Report of an investigation in regard to the prevalence of stegomyia and other mosquitoes in Karachi, and the measures necessary for their control
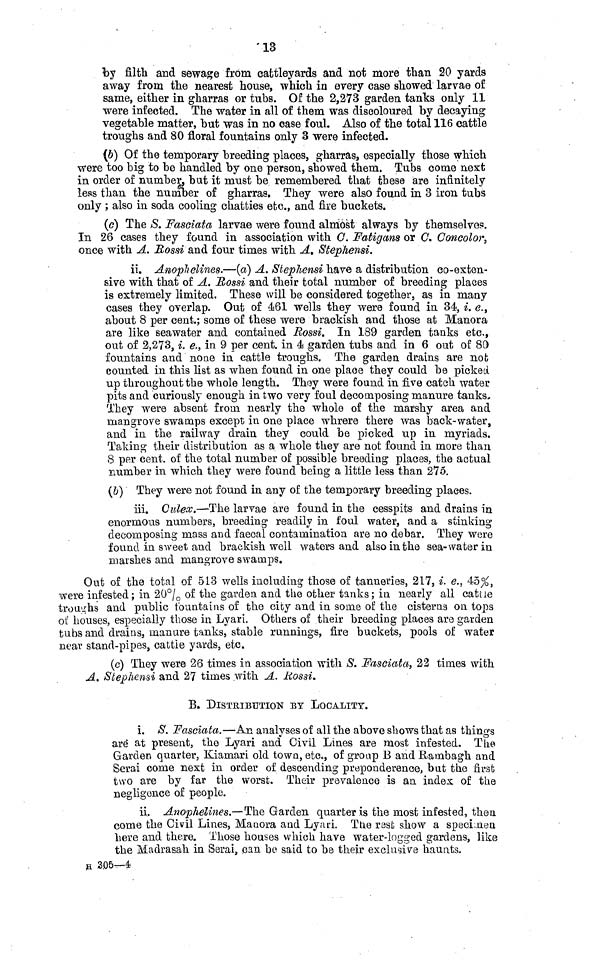
13
by filth and sewage from cattleyards and not more than 20 yards
away from the nearest house, which in every case showed larvae of
same, either in gharras or tubs. Of the 2,273 garden tanks only 11
were infected. The water in all of them was discoloured by decaying
vegetable matter, but was in no case foul. Also of the total 116 cattle
troughs and 80 floral fountains only 3 were infected.
(6) Of the temporary breeding places, gharras, especially those which
were too big to be handled by one person, showed them. Tubs come next
in order of number, but it must be remembered that these are infinitely
leas than the number of gharras. They were also found in 3 iron tubs
only; also in soda cooling chatties etc., and fire buckets.
(c) The S. Fasciata larvae were found almost always by themselves.
In 26 cases they found in association with G. Fatigans or C. Concolor,
once with A. Rossi and four times with A. Stephensi.
ii. Anophelines.—(a) A. Stephensi have a distribution co-exten-
sive with that of A. Rossi and their total number of breeding places
is extremely limited. These will be considered together, as in many
cases they overlap. Out of 461 wells they were found in 34, i. e.,
about 8 per cent.; some of these were brackish and those at Manora
are like seawater and contained Rossi. In 189 garden tanks etc.,
out of 2,273, i. e., in 9 per cent. in 4 garden tubs and in 6 out of 80
fountains and none in cattle troughs. The garden drains are not
counted in this list as when found in one place they could be picked
up throughout the whole length. They were found in five catch water
pits and curiously enough in two very foul decomposing manure tanks.
They were absent from nearly the whole of the marshy area and
mangrove swamps except in one place whrere there was back-water,
and in the railway drain they could be picked up in myriads.
Taking their distribution as a whole they are not found in more than
8 per cent. of the total number of possible breeding places, the actual
number in which they were found being a little less than 275.
(b) They were not found in any of the temporary breeding places.
iii. Culex.—The larvae are found in the cesspits and drains in
enormous numbers, breeding readily in foul water, and a stinking
decomposing mass and faecal contamination are no debar. They were
found in sweet and brackish well waters and also in the sea-water in
marshes and mangrove swamps.
Out of the total of 513 wells including those of tanneries, 217, i. e., 45%,
were infested; in 20% of the garden and the other tanks; in nearly all catue
troughs and public fountains of the city and in some of the cisterns on tops
of houses, especially those in Lyari. Others of their breeding places are garden
tubs and drains, manure tanks, stable runnings, fire buckets, pools of water
near stand-pipes, cattle yards, etc.
(c) They were 26 times in association with S. Fasciata, 22 times with
A. Stephensi and 27 times with A. Rossi.
B. DISTRIBUTION BY LOCALITY.
i. S. Fasciata.—An analyses of all the above shows that as things
are at present, the Lyari and Civil Lines are most infested. The
Garden quarter, Kiamari old town, etc., of group B and Rambagh and
Serai come next in order of descending preponderance, but the first
two are by far the worst. Their prevalence is an index of the
negligence of people.
ii. Anophelines.—The Garden quarter is the most infested, then
come the Civil Lines, Manora and Lyari. The rest show a specimen
here and there. Those houses which have water-logged gardens, like
the Madrasah in Serai, can be said to be their exclusive haunts,
H 305—4